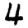
Digit: 4